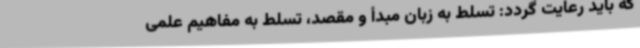
که باید رعایت گردد: تسلط به زبان مبدأ و مقصد، تسلط به مفاهیم علمی